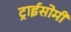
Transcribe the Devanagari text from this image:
ट्राईसोमी